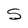
Character: S